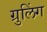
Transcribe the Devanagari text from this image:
ग्रुलिंग